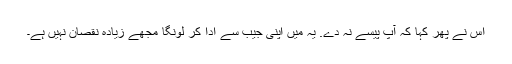
اس نے پھر کہا کہ آپ پیسے نہ دے. یہ میں اپنی جیب سے ادا کر لونگا مجھے زیادہ نقصان نہیں ہے۔